Sketch of the medical history of the native army of Bombay, for the year
Year: 1872
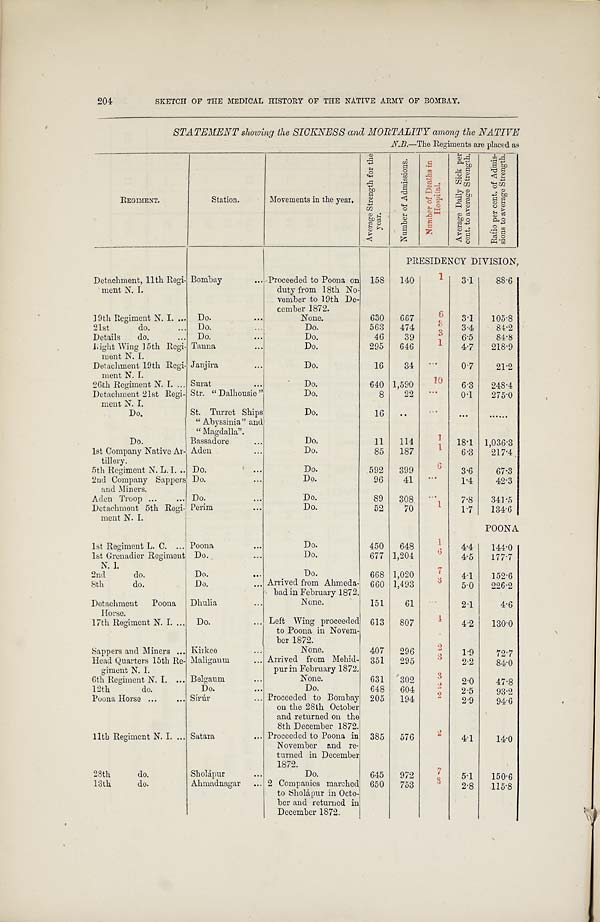
204
SKETCH OF THE MEDICAL HISTORY OF THE NATIVE ARMY OF BOMBAY.
STATEMENT showing the SICKNESS and MORTALITY among the NATIVE
REGIMENT.
Station.
Movements in the year.
A v e r a g e S t r e n g t h f o r t h e y e a r .
N u m b e r o f A d m i s s i o n s .
N u m b e r o f D e a t h s i n H o s p t a l .
A v e r a g e D a i l y S i c k p e r c e n t . t o a v e r a g e S t r e n g t h .
R a t i o p e r c e n t . o f A d m i s - s i o n s t o a v e r a g e S t r e n g t h .
PRESIDENCY DIVISION,
Detachment, 11th Regi-
ment N. I.
Bombay
Proceeded to Poona on
duty from 18th No-
vember to 19th De-
cember 1872.
158
140
1
3.1
88.6
19th Regiment N. I.
Do.
None.
630
667
6
3.1
105.8
21st do.
Do.
Do.
563
474
3
3.4
81.2
Details do.
Do.
Do.
46
39
3
6.5
84.8
Light Wing 15th Regi-
went N. I.
Tanna
Do.
295
646
1
4.7
218.9
Detachment 19th Regi-
ment N. I.
Janjira
Do.
16
34
. . .
0.7
21.2
26th Regiment N. I. Surat
Do.
640 1,590
1 0
6.3
248.4
Detachment 21st Regi-
melt N. I.
Str. "Dalhousie"
Do.
8
22
. . .
0.1
275.0
Do.
St. Turret Ships
"Abyssinia" and
"Magdalla".
Do.
16
..
. . .
. . .
. . . . . .
Do.
Bassadore
Do.
11
114
1 18.1 1,036.3
lst Company Native Ar-
tillery.
Aden
Do.
85
187
1
6.3
217.4
5th Regiment N. L. I.
Do.
Do.
592
399
6
3.6
67..3
2nd Company Sappers
and Miners.
Do.
Do.
96
41
. . .
1.4
42.3
Aden Troop
Do.
Do.
89 308
. . . 7.8
341.5
Detachment 5th Regi-
ment N. I.
Perim
Do.
52
70
1 1.7
134.6
POONA
1st Regiment L. C.
Poona
Do.
450
648
1
4.4
144.0
1st Grenadier Regiment
N. I.
Do.
Do.
677 1,204
6
4.5
177.7
2nd do.
Do.
Do.
668 1,020
7
4.1
152.6
8th do.
Do.
Arrived from Ahmeda-
bad in February 1872.
660 1,493
3
5.0
226.2
Detachment Poona
Horse.
Dhulia
None.
151
61
. . .
2.1
4.6
17th Regiment N. I.
Do.
Left Wing proceeded
to Poona in Novem-
ber 1872.
613
807
4
4.2
130.0
Sappers and Miners
Kirkee
None.
407
296
2
1.9
72.7
Head Quarters 15th Re
-giment N. I.
Maligaum
Arrived from Mehid-
pur in February 1872.
351
295
3
2.2
84.0
6th Regiment N. I.
Belgaum
None.
631
302
3
2.0
47.8
12th do.
Do.
Do.
648
604
2
2.5
93.2
Poona Horse
Sírtír
Proceeded to Bombay
on the 28th October
and returned on the
8th December 1872.
205
194
2
2.9
94.6
11th Regiment N. I.
Satara
Proceeded to Poona in
November and re-
turned in December
1872.
385
576
2
4.1
14.0
28th do.
Sholápur
Do.
645
972
7 5.1
150.6
13th do.
Ahmadnagar
2 Companies marched
to Sholápur in Octo-
ber and returned in
December 1872.
650
753
3
2.8
115.8